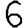
Digit: 6